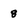
Character: 8